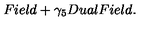
F i e l d + \gamma _ { 5 } D u a l F i e l d . \nonumber